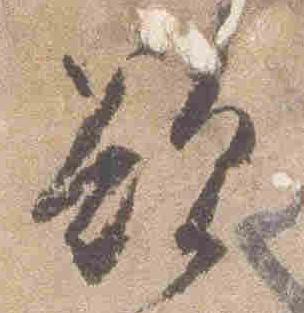
欲